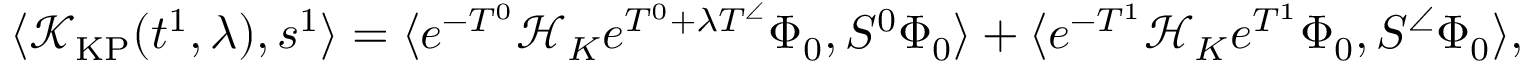
\langle \mathcal { K } _ { \mathrm { K P } } ( t ^ { 1 } , \lambda ) , s ^ { 1 } \rangle = \langle e ^ { - T ^ { 0 } } \mathcal { H } _ { K } e ^ { T ^ { 0 } + \lambda T ^ { \angle } } \Phi _ { 0 } , S ^ { 0 } \Phi _ { 0 } \rangle + \langle e ^ { - T ^ { 1 } } \mathcal { H } _ { K } e ^ { T ^ { 1 } } \Phi _ { 0 } , S ^ { \angle } \Phi _ { 0 } \rangle ,